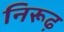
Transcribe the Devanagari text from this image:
निरूढ़